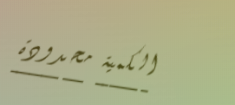
الكمية محدودة